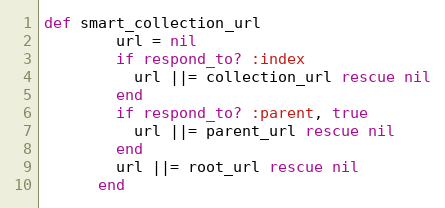
Language: Ruby
def smart_collection_url
        url = nil
        if respond_to? :index
          url ||= collection_url rescue nil
        end
        if respond_to? :parent, true
          url ||= parent_url rescue nil
        end
        url ||= root_url rescue nil
      end